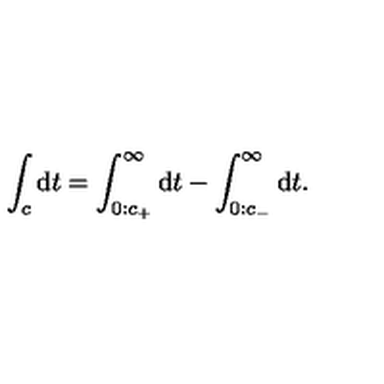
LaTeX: \int _ { c } \mathrm { d } t = \int _ { 0 : c _ { + } } ^ { \infty } \mathrm { d } t - \int _ { 0 : c _ { - } } ^ { \infty } \mathrm { d } t .